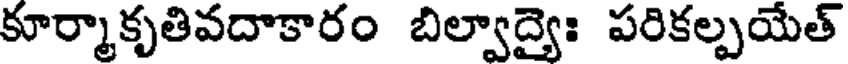
కూర్మాకృతివదాకారం బిల్వాద్యైః పరికల్పయేత్